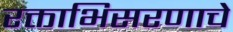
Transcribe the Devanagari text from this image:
रक्ताभिसरणाचे